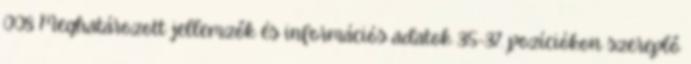
008 Meghatározott jellemzők és információs adatok 35-37. pozíciókon szereplő